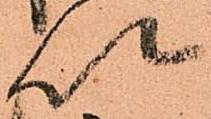
以